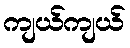
ကျယ်ကျယ်